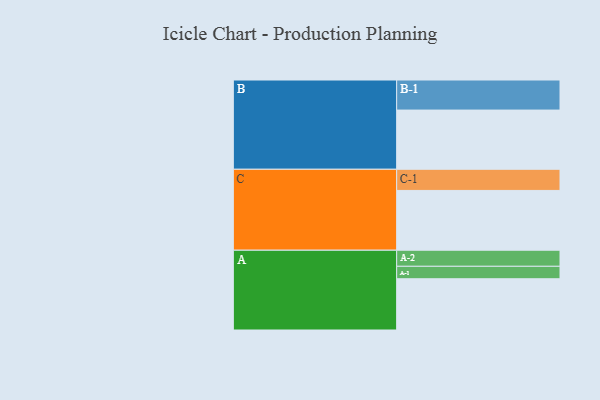
{"axis": {"x": "Segment", "y": "Value"}, "legend": ["", "A", "B", "C"], "data": [{"x": "A", "y": 431, "type": ""}, {"x": "B", "y": 498, "type": ""}, {"x": "C", "y": 503, "type": ""}, {"x": "A-1", "y": 105, "type": "A"}, {"x": "A-2", "y": 135, "type": "A"}, {"x": "B-1", "y": 253, "type": "B"}, {"x": "C-1", "y": 178, "type": "C"}]}